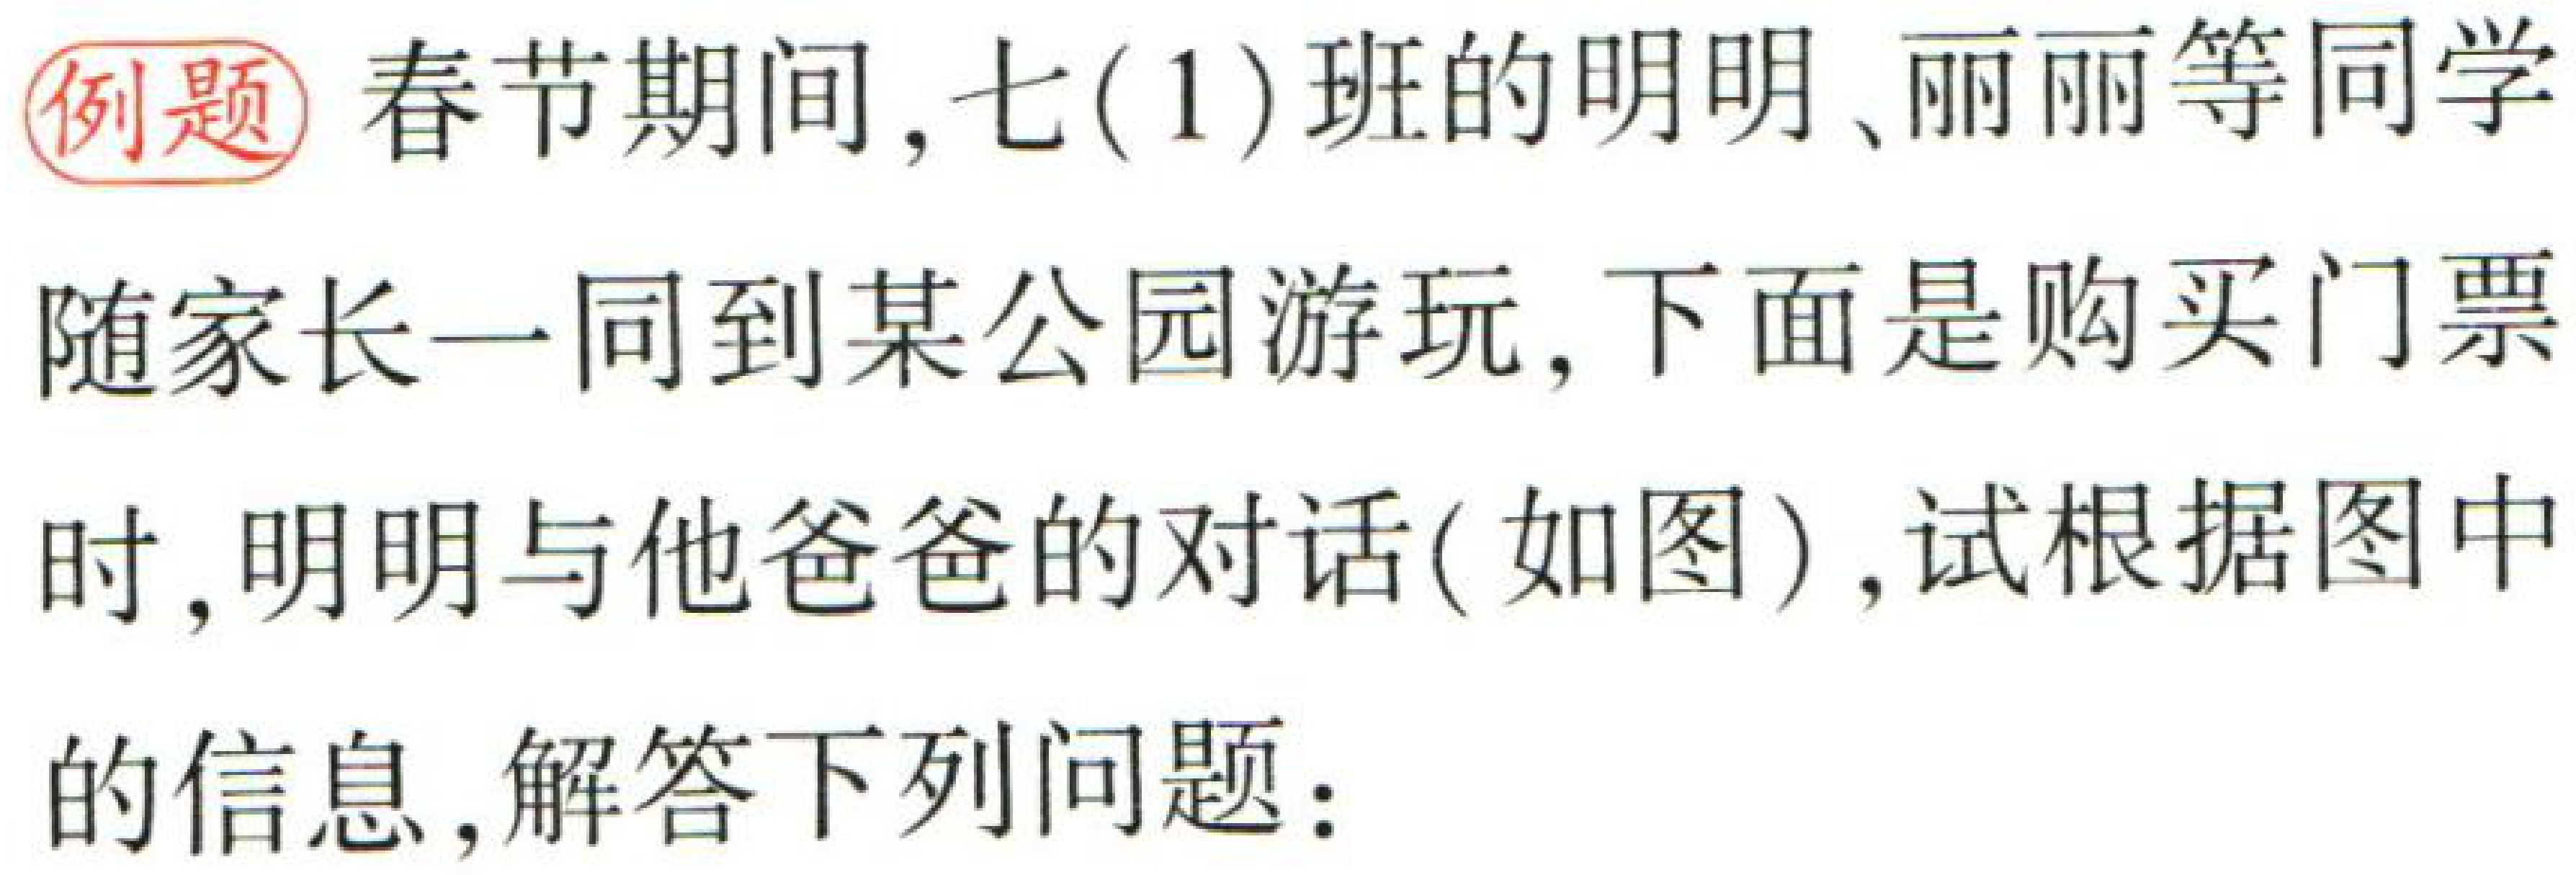
例题 春节期间，七(1)班的明明、丽丽等同学

随家长一同到某公园游玩，下面是购买门票

时，明明与他爸爸的对话(如图)，试根据图中

的信息，解答下列问题：